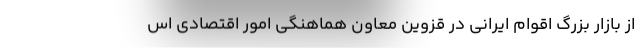
از بازار بزرگ اقوام ایرانی در قزوین معاون هماهنگی امور اقتصادی اس